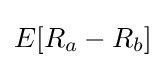
E[R_{a}-R_{b}]